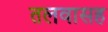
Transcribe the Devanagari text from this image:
तलवासह